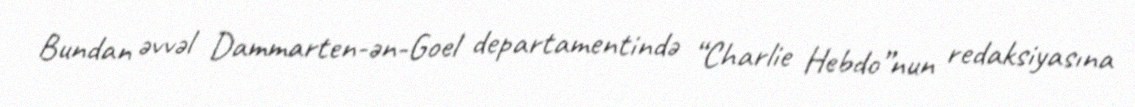
Bundan əvvəl Dammarten-ən-Goel departamentində “Charlie Hebdo”nun redaksiyasına